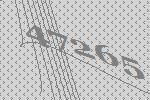
47265